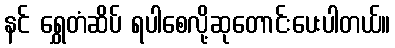
နင် ရွှေတံဆိပ် ရပါစေလို့ဆုတောင်းပေးပါတယ်။